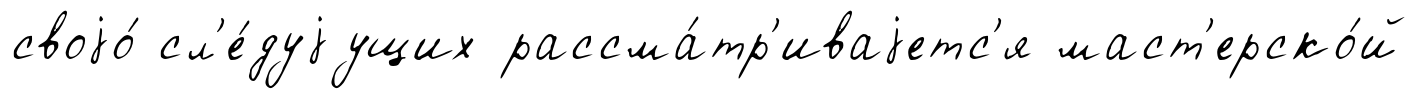
своjо́ сл'е́дуjущих рассма́тр'иваjетс'я маст'ерско́й